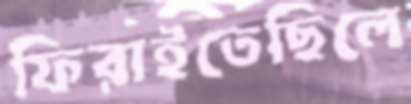
ফিরাইতেছিলে